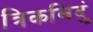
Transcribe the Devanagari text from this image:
त्रिकबिदुं